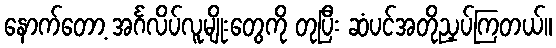
နောက်တော့ အင်္ဂလိပ်လူမျိုးတွေကို တုပြီး ဆံပင်အတိုညှပ်ကြတယ်။